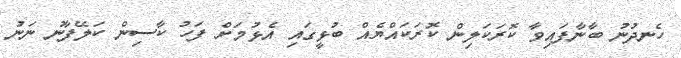
ހެނދުނު ބާނާފައިވާ ކޮރަކަލިން ކޮރަކައްޔެއް ބުޅީގައި އެޅުމަށް ފަހު ކާސިން ކަލޭފާނު ނަނު